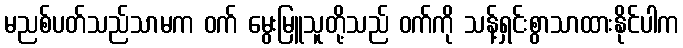
မညစ်ပတ်သည်သာမက ဝက် မွေးမြူသူတို့သည် ဝက်ကို သန့်ရှင်းစွာသာထားနိုင်ပါက